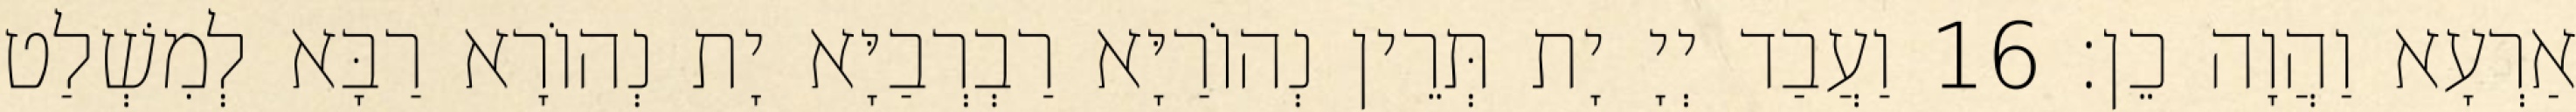
אַרְעָא וַהֲוָה כֵן׃ 16 וַעֲבַד יְיָ יָת תְּרֵין נְהוֹרַיָּא רַבְרְבַיָּא יָת נְהוֹרָא רַבָּא לְמִשְׁלַט